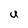
Character: U